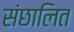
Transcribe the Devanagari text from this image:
संछालित